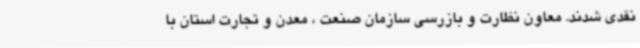
نقدی شدند. معاون نظارت و بازرسی سازمان صنعت ، معدن و تجارت استان با